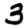
Digit: 3